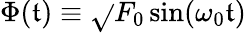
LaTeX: \Phi(\mathfrak{t})\equiv\sqrt{}{{F_{0}}}\sin(\omega_{0}\mathfrak{t})